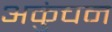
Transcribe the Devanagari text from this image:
अकुंचन